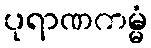
ပုရာဏကမ္မံ